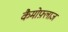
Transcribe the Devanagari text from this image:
कैमोफ़्लाज